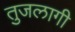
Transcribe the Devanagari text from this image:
तुजलागी